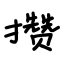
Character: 攒